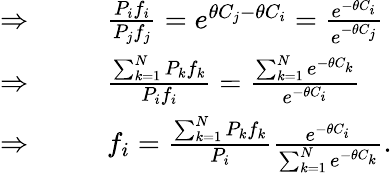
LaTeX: \begin{array}{rl}{\Rightarrow\ \ \ \ \ \ }&{{}\frac{P_{i}f_{i}}{P_{j}f_{j}}=e^{\theta C_{j}-\theta C_{i}}=\frac{e^{-\theta C_{i}}}{e^{-\theta C_{j}}}}\\ {\Rightarrow\ \ \ \ \ \ }&{{}\frac{\sum_{k=1}^{N}P_{k}f_{k}}{P_{i}f_{i}}=\frac{\sum_{k=1}^{N}e^{-\theta C_{k}}}{e^{-\theta C_{i}}}}\\ {\Rightarrow\ \ \ \ \ \ }&{{}f_{i}=\frac{\sum_{k=1}^{N}P_{k}f_{k}}{P_{i}}\frac{e^{-\theta C_{i}}}{\sum_{k=1}^{N}e^{-\theta C_{k}}}.}\end{array}